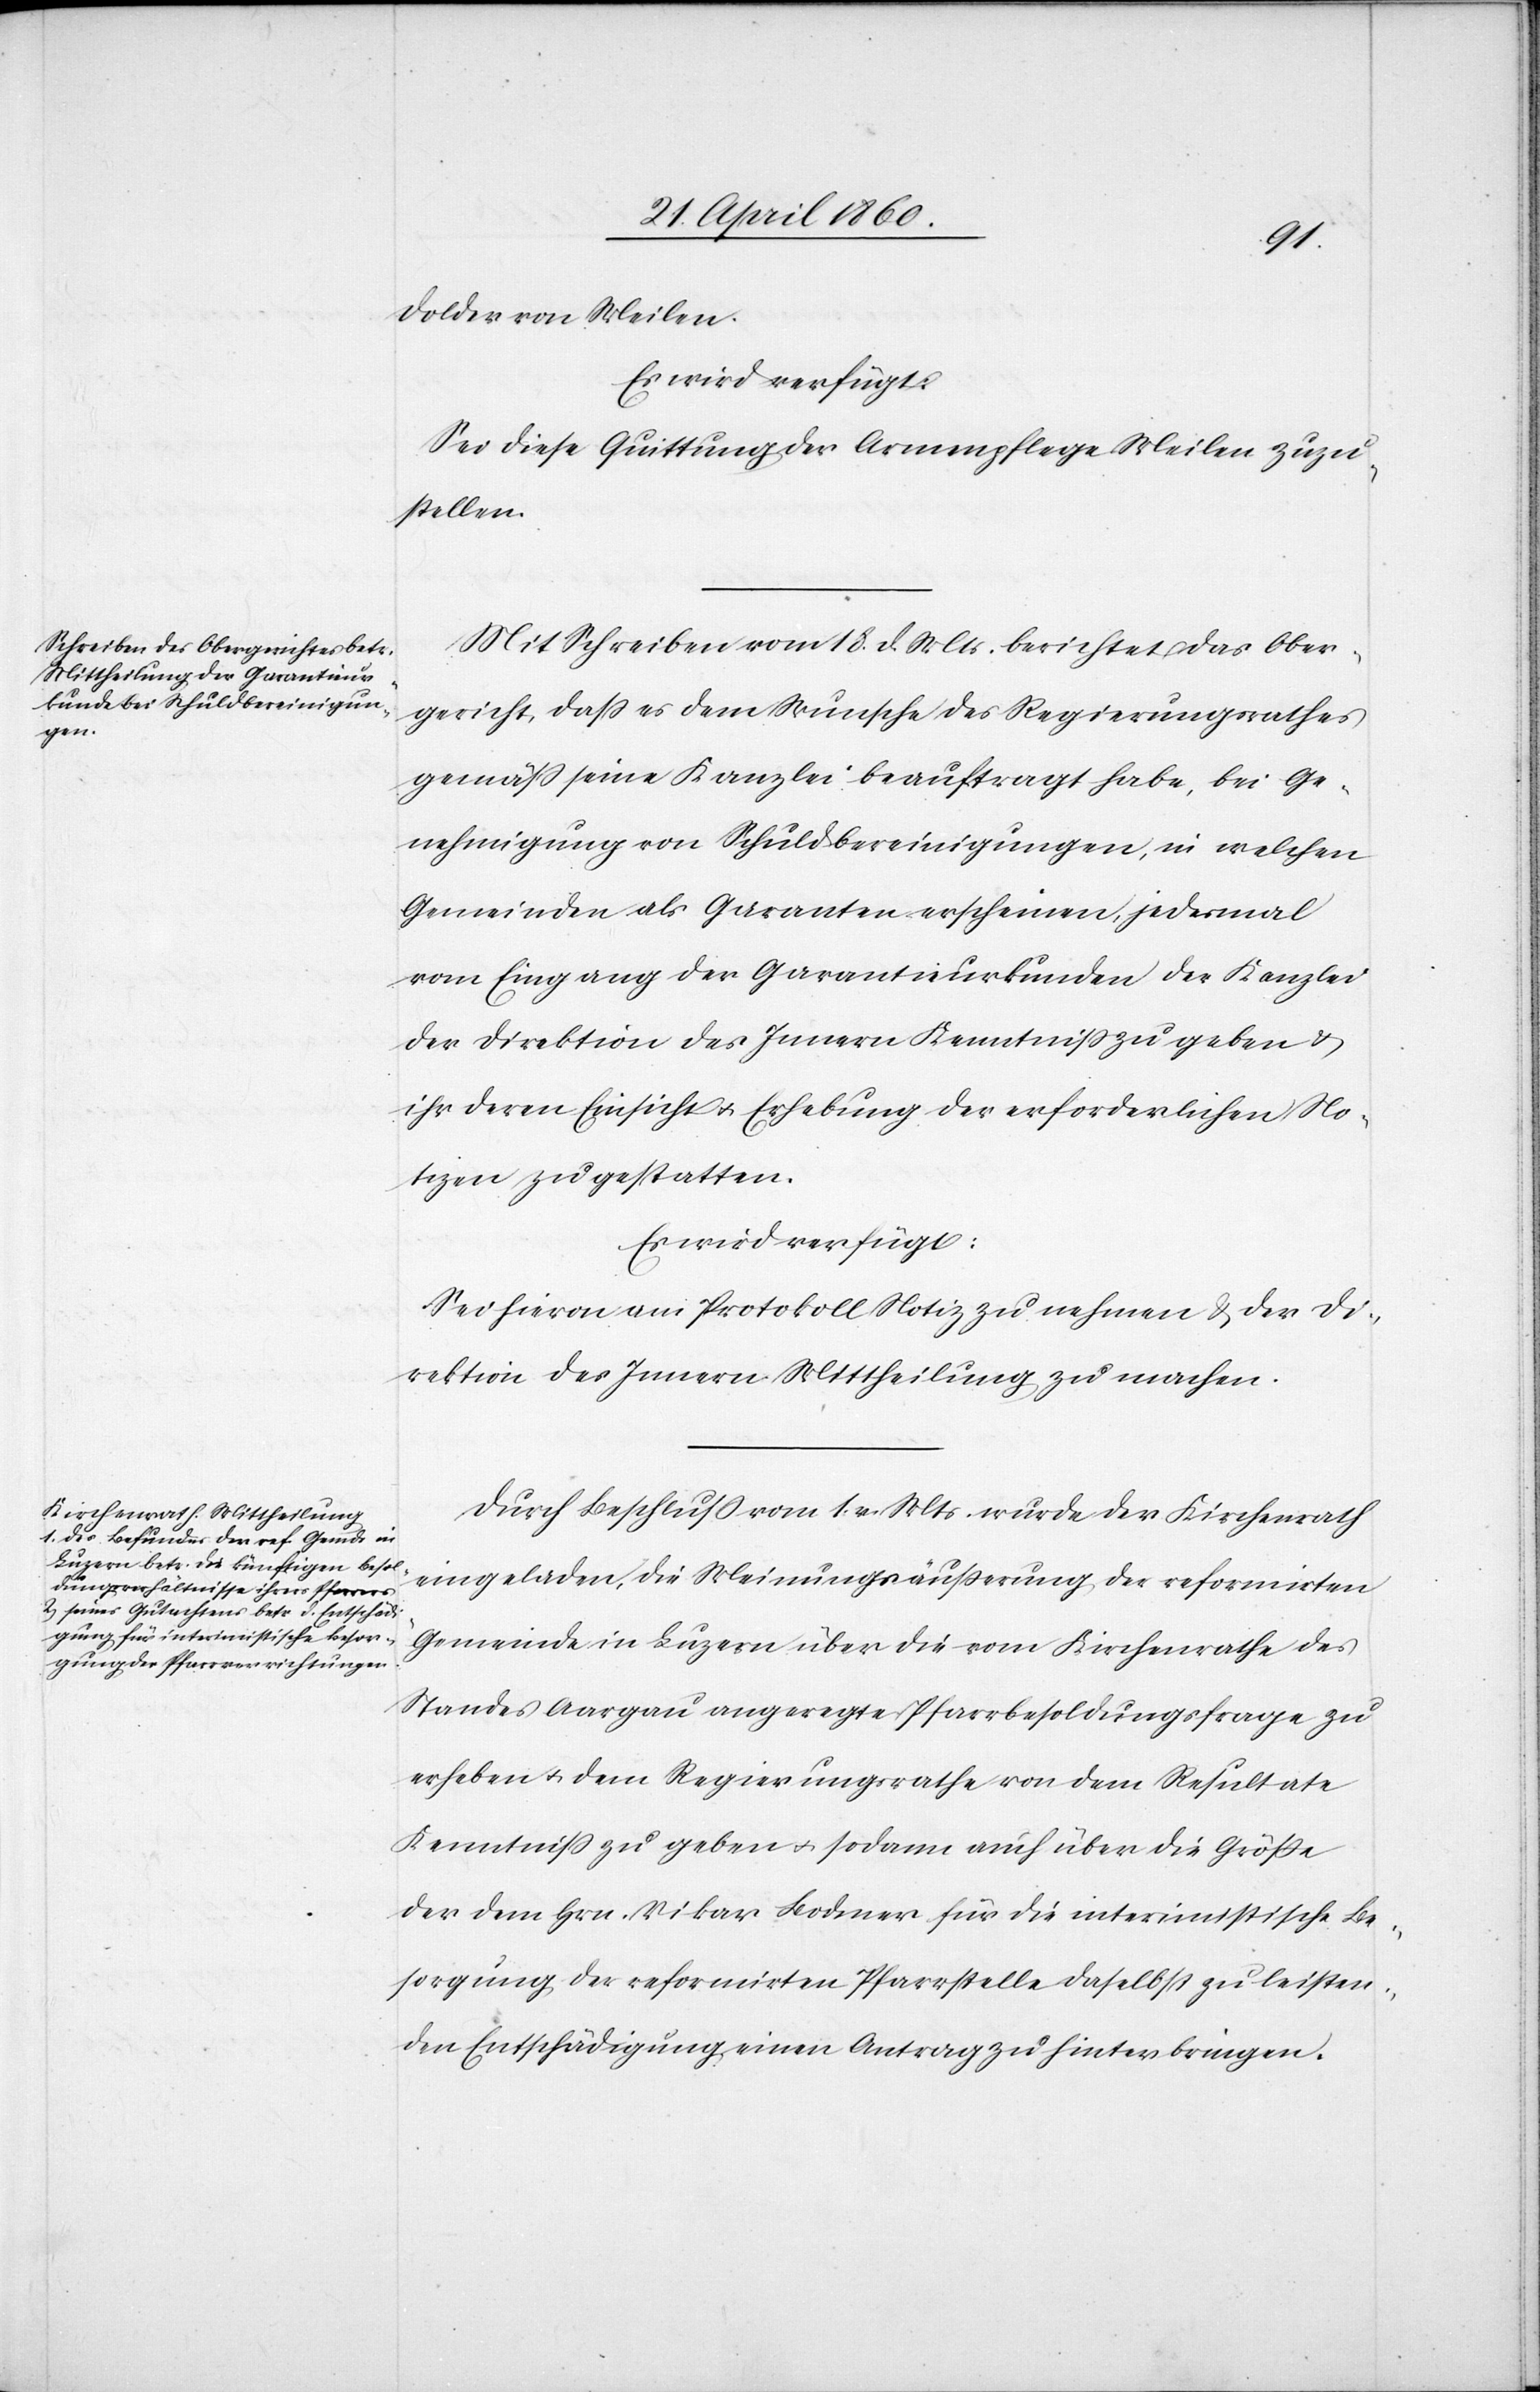
Dolder von Meilen.
Es wird verfügt:
Sei diese Quittung der Armenpflege Meilen zuzu¬
stellen.
Mit Schreiben vom 18. d. Mts. berichtet das Ober¬
gericht, dass es dem Wunsche des Regierungsrathes
gemäss seine Kanzlei beauftragt habe, bei Ge¬
nehmigung von Schuldbereinigungen, in welchen
Gemeinden als Garanten erscheinen, jedesmal
vom Eingang der Garantieurkunden der Kanzlei
der Direktion des Innern Kenntniss zu geben u.
ihr deren Einsicht u. Erhebung der erforderlichen No¬
tizen zu gestatten.
Es wird verfügt:
Sei hievon am Protokoll Notiz zu nehmen & der Di¬
rektion des Innern Mittheilung zu machen.
Durch Beschluss vom 1. v. Mts. wurde der Kirchenrath
eingeladen, die Meinungsäusserung der reformirten
Gemeinde in Luzern über die vom Kirchenrathe des
Standes Aargau angeregte Pfarrbesoldungsfrage zu
erheben u. dem Regierungsrathe von dem Resultate
Kenntniss zu geben u. sodann auch über die Grösse
der dem Hrn. Vikar Bodmer für die interimistische Be¬
sorgung der reformirten Pfarrstelle daselbst zu leisten¬
den Entschädigung einen Antrag zu hinterbringen.